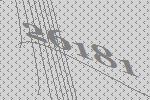
26181